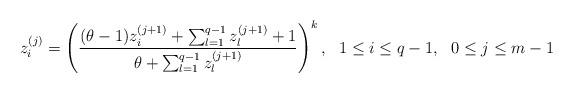
LaTeX: \begin{align*} z^{(j)}_i=\left(\frac{(\theta-1)z^{(j+1)}_i+\sum_{l=1}^{q-1}z^{(j+1)}_l+1}{\theta+ \sum_{l=1}^{q-1}z^{(j+1)}_l}\right)^k, \ \ 1\leq i \leq q-1, \ \ 0\leq j \leq m-1 \end{align*}